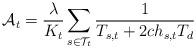
LaTeX: \begin{align*}\mathcal{A}_{t}=\frac{\lambda}{K_{t}}\sum\limits_{s\in\mathcal{T}_{t}}\frac{1}{T_{s,t}+2ch_{s,t}T_{d}}\end{align*}